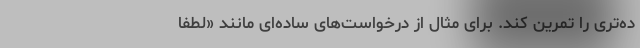
ده‌تری را تمرین کند. برای مثال از درخواست‌های ساده‌ای مانند «لطفا